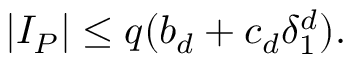
| I _ { P } | \leq q ( b _ { d } + c _ { d } \delta _ { 1 } ^ { d } ) .